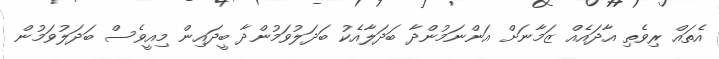
އެތައް ރިވެތި އާދައެއް ޒަމާނަށް އަންނަމުންދާ ބަދަލާއެކު ބަދަލުވަމުންދާ ބީދައިން މިއީވެސް ބަދަލުވަމުން